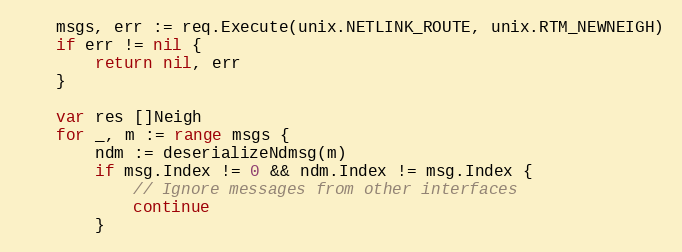
Language: Go
	msgs, err := req.Execute(unix.NETLINK_ROUTE, unix.RTM_NEWNEIGH)
	if err != nil {
		return nil, err
	}

	var res []Neigh
	for _, m := range msgs {
		ndm := deserializeNdmsg(m)
		if msg.Index != 0 && ndm.Index != msg.Index {
			// Ignore messages from other interfaces
			continue
		}